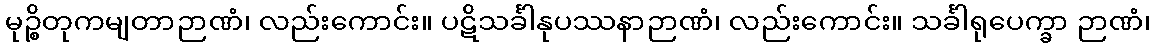
မုဉ္စိတုကမျတာဉာဏံ၊ လည်းကောင်း။ ပဋိသင်္ခါနုပဿနာဉာဏံ၊ လည်းကောင်း။ သင်္ခါရုပေက္ခာ ဉာဏံ၊